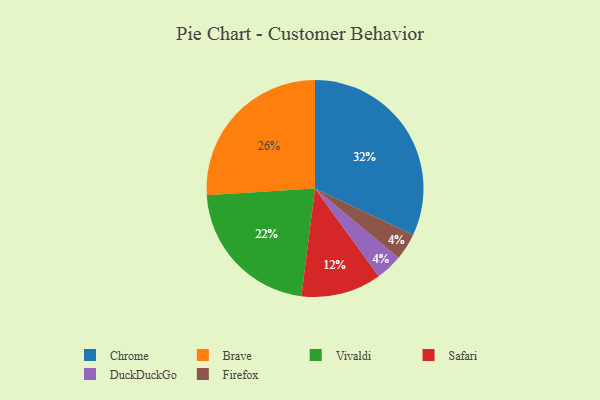
{"axis": {"x": "Category", "y": "Percentage"}, "legend": ["Brave", "Chrome", "DuckDuckGo", "Firefox", "Safari", "Vivaldi"], "data": [{"x": "DuckDuckGo", "y": 4, "type": "DuckDuckGo"}, {"x": "Safari", "y": 12, "type": "Safari"}, {"x": "Firefox", "y": 4, "type": "Firefox"}, {"x": "Brave", "y": 26, "type": "Brave"}, {"x": "Chrome", "y": 32, "type": "Chrome"}, {"x": "Vivaldi", "y": 22, "type": "Vivaldi"}]}